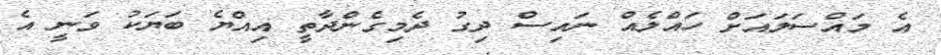
އެ މައްސަލައަށް ހައްލެއް ނައިސް ދިގު ދެމިގެންދާތީ އިއްޔެ ބަޔަކު ވަނީ އެ